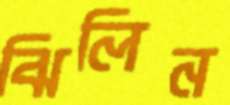
ঝিলিন